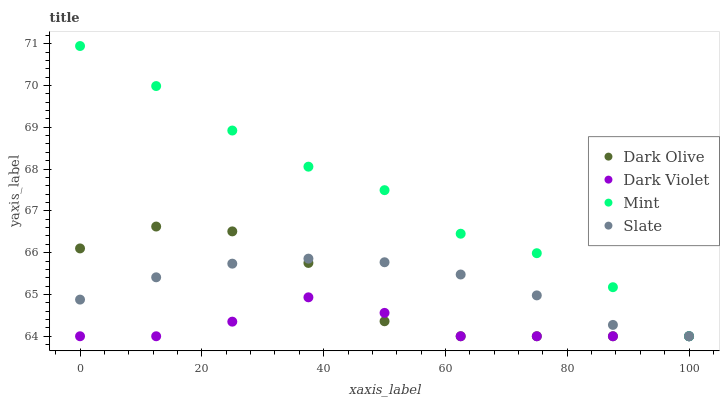
| xaxis_label | Dark Olive | Dark Violet | Mint | Slate |
 | --- | --- | --- | --- | --- |
 | 0 | 66.1 | 64 | 70.9 | 64.9 |
 | 12.5 | 66.6 | 64 | 70 | 65.4 |
 | 25 | 66.5 | 64.3 | 68.9 | 65.7 |
 | 37.5 | 65.8 | 64.9 | 68.1 | 65.9 |
 | 50 | 64.4 | 64.6 | 67.5 | 65.8 |
 | 62.5 | 64 | 64 | 66.5 | 65.5 |
 | 75 | 64 | 64 | 66 | 65 |
 | 87.5 | 64 | 64 | 65.2 | 64.3 |
 | 100 | 64 | 64 | 64 | 64 |